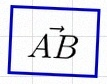
\vec{AB}